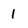
Character: 1